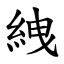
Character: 絏